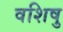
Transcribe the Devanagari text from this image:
वशिषु